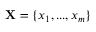
\mathbf { X } = \{ x _ { 1 } , . . . , x _ { m } \}